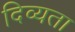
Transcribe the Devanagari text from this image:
दिव्‍यता